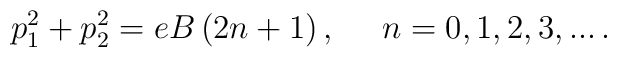
p_{1}^{2}+p_{2}^{2}=eB\left( 2n+1\right) ,\, \, \, \, \, \, \, \, n=0,1,2,3,...\, .